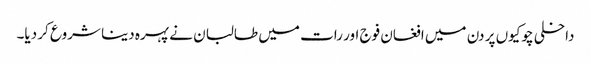
داخلی چوکیوں پر دن میں افغان فوج اور رات میں طالبان نے پہرہ دینا شروع کر دیا۔